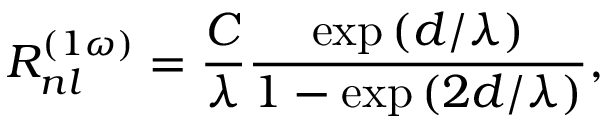
R _ { n l } ^ { \left( 1 \omega \right) } = \frac { C } { \lambda } \frac { \exp { \left( d / \lambda \right) } } { 1 - \exp { \left( 2 d / \lambda \right) } } ,